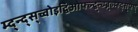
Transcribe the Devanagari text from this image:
म्द्न्द्स्च्वोइद्विओफ्च्न्द्ब्न्च्म्ब्न्व्म्ह्द्स्फ्य्